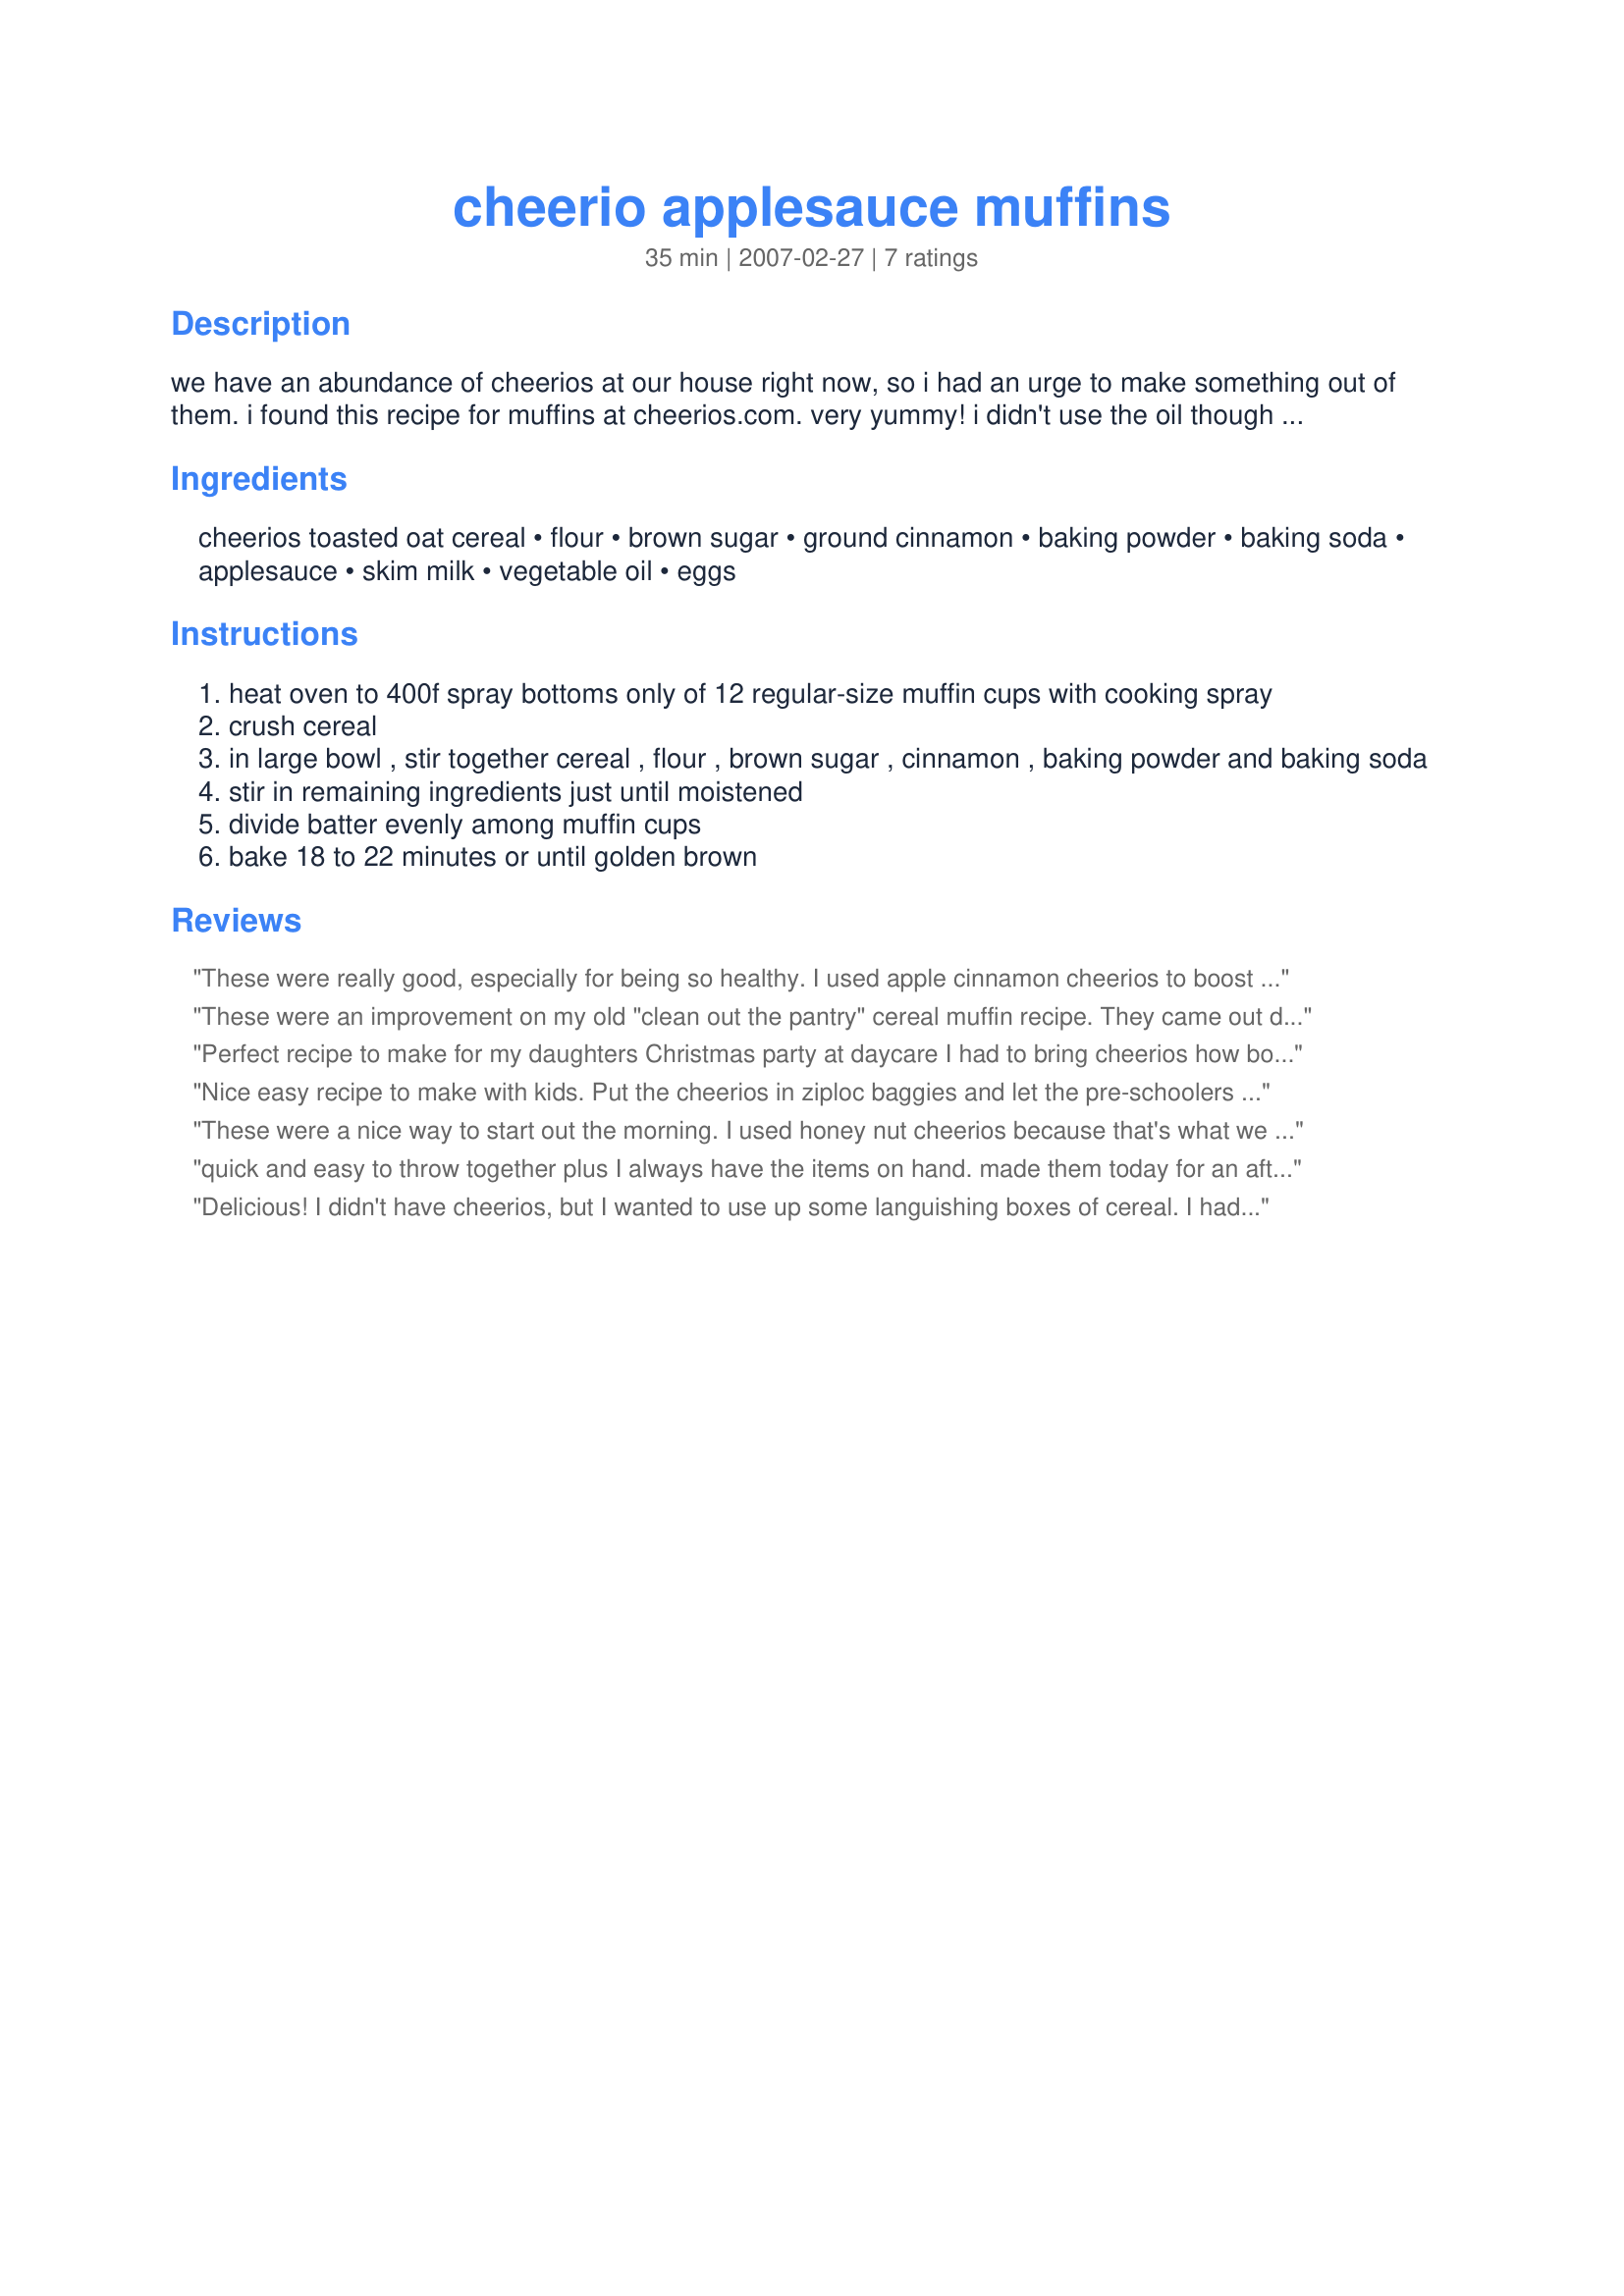
cheerio applesauce muffins
Preparation time: 35 minutes

we have an abundance of cheerios at our house right now, so i had an urge to make something out of them. i found this recipe for muffins at cheerios.com. very yummy! i didn't use the oil though because the muffins had all the applesauce in them. it still turned out good.

Ingredients:
cheerios toasted oat cereal, flour, brown sugar, ground cinnamon, baking powder, baking soda, applesauce, skim milk, vegetable oil, eggs

Steps:
heat oven to 400f spray bottoms only of 12 regular-size muffin cups with cooking spray
crush cereal
in large bowl , stir together cereal , flour , brown sugar , cinnamon , baking powder and baking soda
stir in remaining ingredients just until moistened
divide batter evenly among muffin cups
bake 18 to 22 minutes or until golden brown

Reviews:
These were really good, especially for being so healthy. I used apple cinnamon cheerios to boost the taste a bit and sprinkled a few extra cheerios on top before baking. All teenagers in the house liked them...that's saying something! Thanks!
These were an improvement on my old "clean out the pantry" cereal muffin recipe. They came out delicious and moist, even though I left out the oil. Keeper!
Perfect recipe to make for my daughters Christmas party at daycare I had to bring cheerios how boring..well not anymore thanks to you. Also I made mini muffins instead and also used apple cinnamon cheerios :)
Nice easy recipe to make with kids. Put the cheerios in ziploc baggies and let the pre-schoolers crush them! Healthy alternative!! Tasted good and even picky eaters tried them! Tried to put food coloring in them to make them pink for Valentines day but they came out brown inside after baking. We put some colored sprinkles on top, what kid can resist sprinkles??
These were a nice way to start out the morning. I used honey nut cheerios because that's what we had, so I cut the sugar down to 1/3 c. I used half white whole wheat flour and half all purpose, and they still rose perfectly! They were very light and fluffy. My only problem is that the cheerios dissolved while these muffins were baking. I was expecting a bit of a crunch, but they dissolved to leave a touch of honey flavor. Maybe next time I won't crush the cereal. Thanks for sharing!
quick and easy to throw together plus I always have the items on hand. made them today for an after school snack and all 3 kids gave it a thumbs up. i didn't crush the cereal alot so they still had some crunch to them. I used multigrain cheerios since thats what i had. thanks for sharing.
Delicious! I didn't have cheerios, but I wanted to use up some languishing boxes of cereal. I had some Cinnamon Toast Crunch, some Corn Pops, and some Reeses choc/pb cereal, which I combined to make two cups, then crushed. For applesauce, I used two single serving cups of strawberry-applesauce. Smelled great while baking, came out nice and tender, and so good! I'll probably never be able to duplicate the exact ratio and type of leftover cereals, but I will definitely keep this recipe close at hand.
